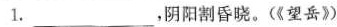
1.___，阴阳割昏晓。(《望岳》)